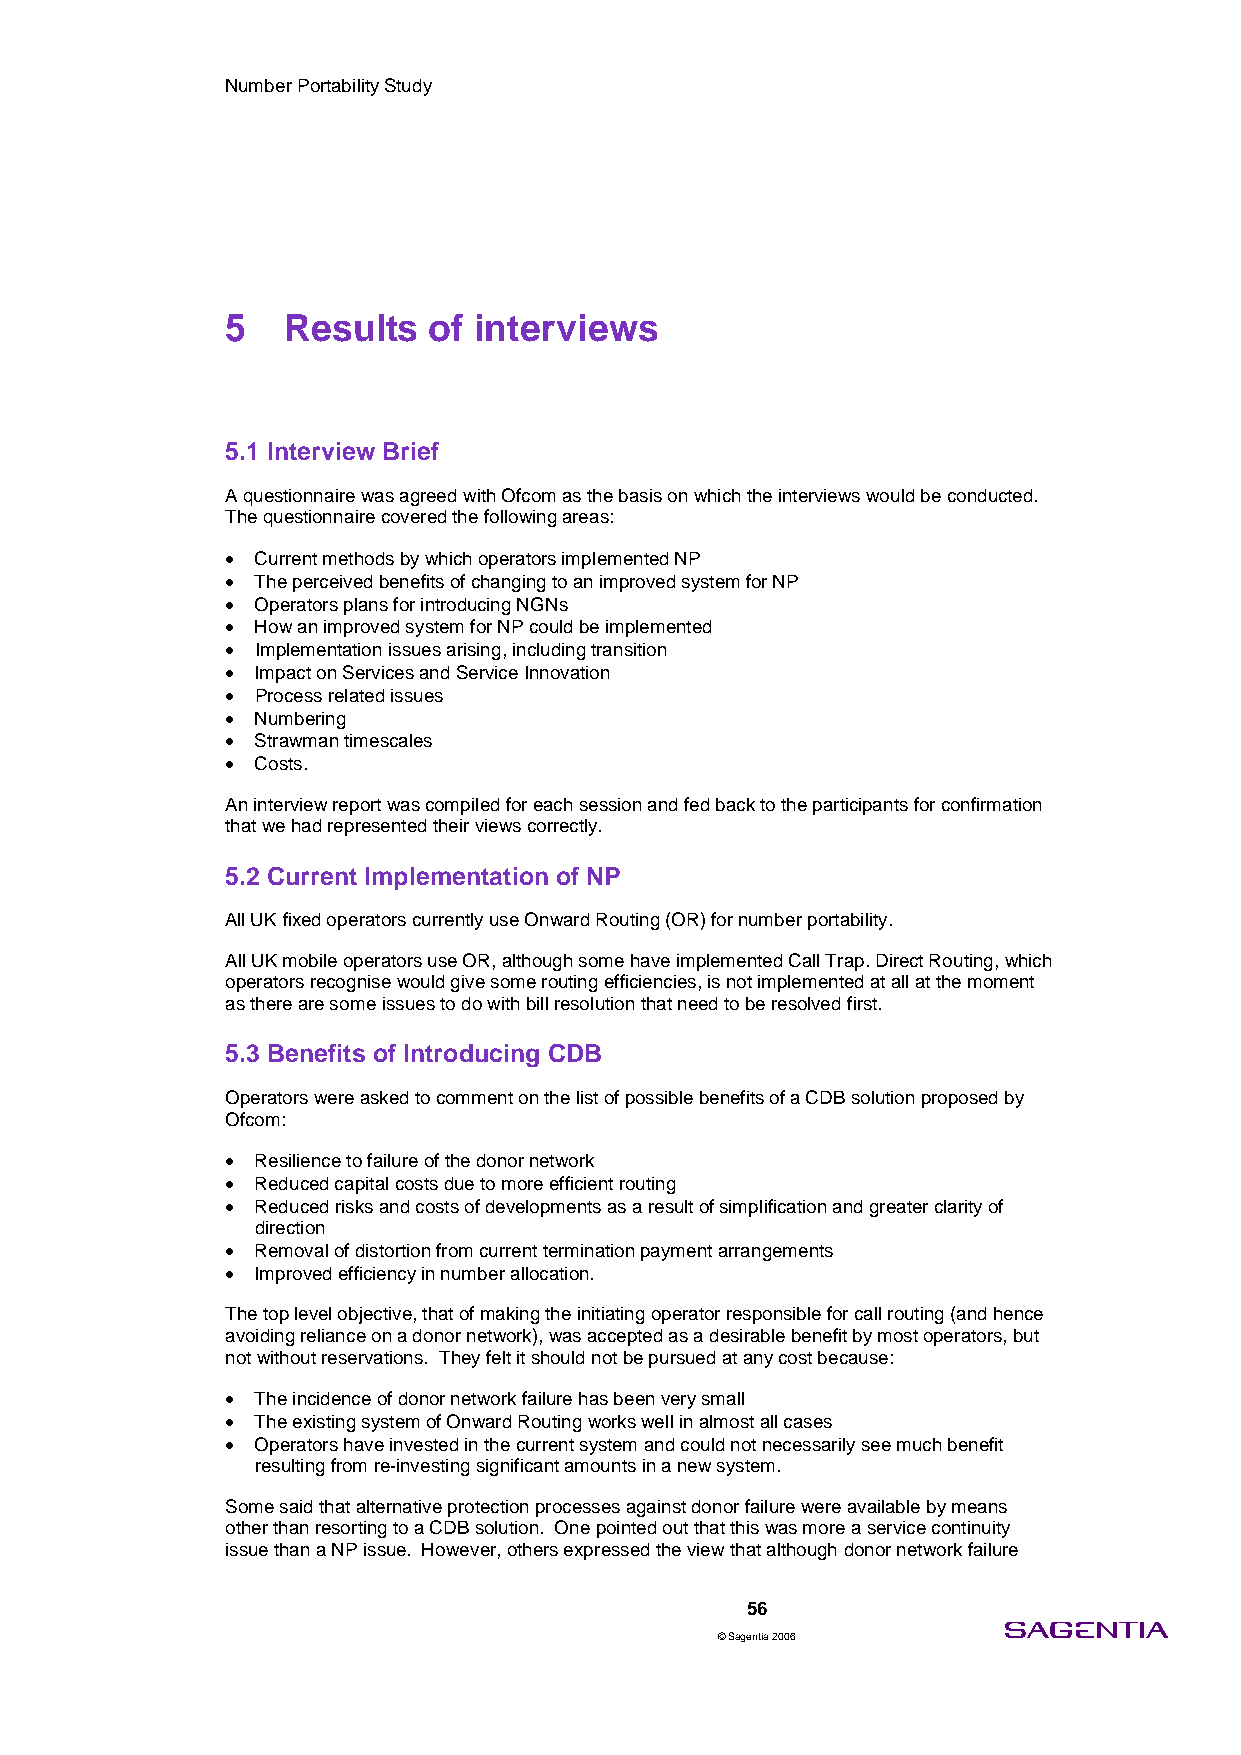
Number Portability Study
 5   Results  of interviews
 5.1 Interview Brief
 A questionnaire was agreed with Ofcom as the basis on which the interviews would be conducted.
 The questionnaire covered the following areas:
 • Current methods by which operators implemented NP
 • The perceived benefits of changing to an improved system for NP
 • Operators plans for introducing NGNs
 • How an improved system for NP could be implemented
 • Implementation issues arising, including transition
 • Impact on Services and Service Innovation
 • Process related issues
 • Numbering
 • Strawman timescales
 • Costs.
 An interview report was compiled for each session and fed back to the participants for confirmation
 that we had represented their views correctly.
 5.2 Current Implementation of NP
 All UK fixed operators currently use Onward Routing (OR) for number portability.
 All UK mobile operators use OR, although some have implemented Call Trap. Direct Routing, which
 operators recognise would give some routing efficiencies, is not implemented at all at the moment
 as there are some issues to do with bill resolution that need to be resolved first.
 5.3 Benefits of Introducing CDB
 Operators were asked to comment on the list of possible benefits of a CDB solution proposed by
 Ofcom:
 • Resilience to failure of the donor network
 • Reduced capital costs due to more efficient routing
 • Reduced risks and costs of developments as a result of simplification and greater clarity of
 direction
 • Removal of distortion from current termination payment arrangements
 • Improved efficiency in number allocation.
 The top level objective, that of making the initiating operator responsible for call routing (and hence
 avoiding reliance on a donor network), was accepted as a desirable benefit by most operators, but
 not without reservations. They felt it should not be pursued at any cost because:
 • The incidence of donor network failure has been very small
 • The existing system of Onward Routing works well in almost all cases
 • Operators have invested in the current system and could not necessarily see much benefit
 resulting from re-investing significant amounts in a new system.
 Some said that alternative protection processes against donor failure were available by means
 other than resorting to a CDB solution. One pointed out that this was more a service continuity
 issue than a NP issue. However, others expressed the view that although donor network failure
 56
 © Sagentia 2006